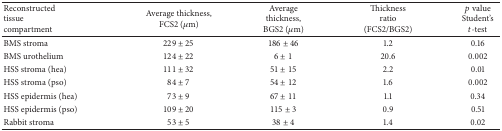
<table><thead><tr><td><b>Reconstructed tissuecompartment</b></td><td><b>Average thickness,FCS2 (<i>μ</i>m)</b></td><td><b>Average thickness,BGS2 (<i>μ</i>m)</b></td><td><b>Thicknessratio(FCS2/BGS2)</b></td><td><b><i>p</i> valueStudent&#x27;s<i>t</i>-test</b></td></tr></thead><tbody><tr><td>BMS stroma</td><td>229 ± 25</td><td>186 ± 46</td><td>1.2</td><td>0.16</td></tr><tr><td>BMS urothelium</td><td>124 ± 22</td><td>6 ± 1</td><td>20.6</td><td>0.002</td></tr><tr><td>HSS stroma (hea)</td><td>111 ± 32</td><td>51 ± 15</td><td>2.2</td><td>0.01</td></tr><tr><td>HSS stroma (pso)</td><td>84 ± 7</td><td>54 ± 12</td><td>1.6</td><td>0.002</td></tr><tr><td>HSS epidermis (hea)</td><td>73 ± 9</td><td>67 ± 11</td><td>1.1</td><td>0.34</td></tr><tr><td>HSS epidermis (pso)</td><td>109 ± 20</td><td>115 ± 3</td><td>0.9</td><td>0.51</td></tr><tr><td>Rabbit stroma</td><td>53 ± 5</td><td>38 ± 4</td><td>1.4</td><td>0.02</td></tr></tbody></table>